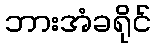
ဘားအံခရိုင်